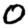
Digit: 0